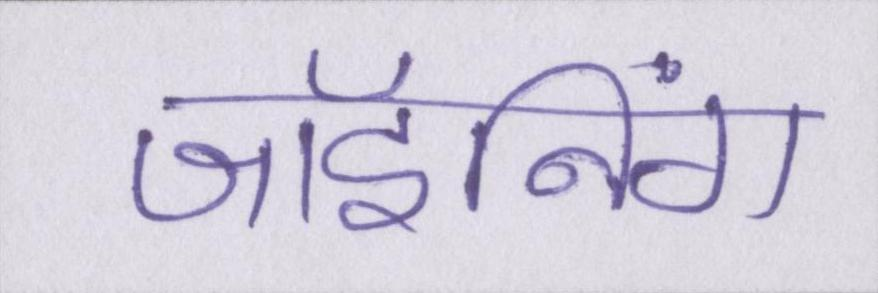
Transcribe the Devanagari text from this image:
जॉइनिंग